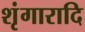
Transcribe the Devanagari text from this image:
शृंगारादि